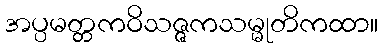
အပ္ပမတ္တကဝိသဇ္ဇကသမ္မုတိကထာ။